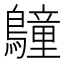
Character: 𪆏